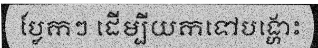
ប្លែកៗ ដើម្បីយកទៅបង្ហោះ